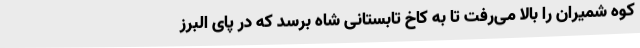
کوه شمیران را بالا می‌رفت تا به کاخ تابستانی شاه برسد که در پای البرز